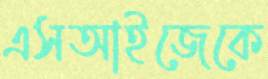
এসআইজেকে